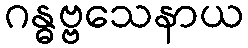
ဂန္ဓဗ္ဗသေနာယ